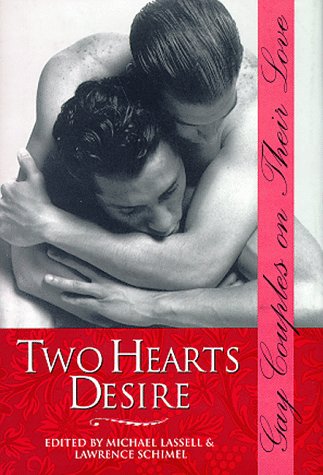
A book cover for Two Hearts Desire: Gay Couples on Their Love (Stonewall Inn Book Series); Michael Lassell; Romance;